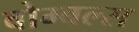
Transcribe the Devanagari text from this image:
वोम्बल्स